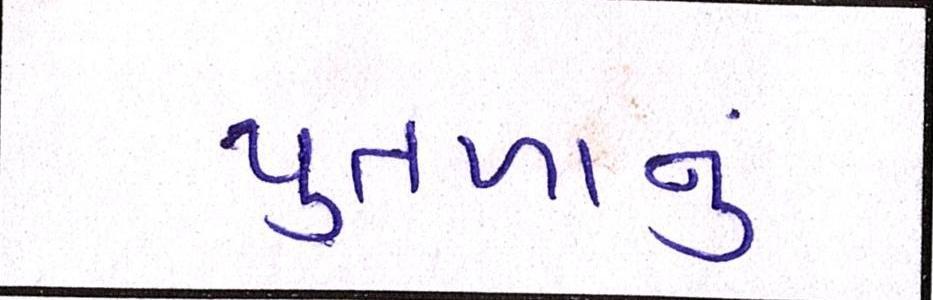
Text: પુતળાનું